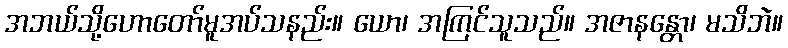
အဘယ်သို့ဟောတော်မူအပ်သနည်း။ ယော၊ အကြင်သူသည်။ အဇာနန္တော၊ မသိဘဲ။